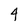
Character: 4